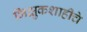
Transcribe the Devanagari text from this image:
भिक्षुकशाहीचे